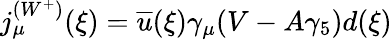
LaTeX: j_{\mu}^{(W^{+})}(\xi)=\overline{{u}}(\xi)\gamma_{\mu}(V-A\gamma_{5})d(\xi)